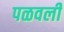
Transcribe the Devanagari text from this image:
पळवली